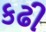
કઢી